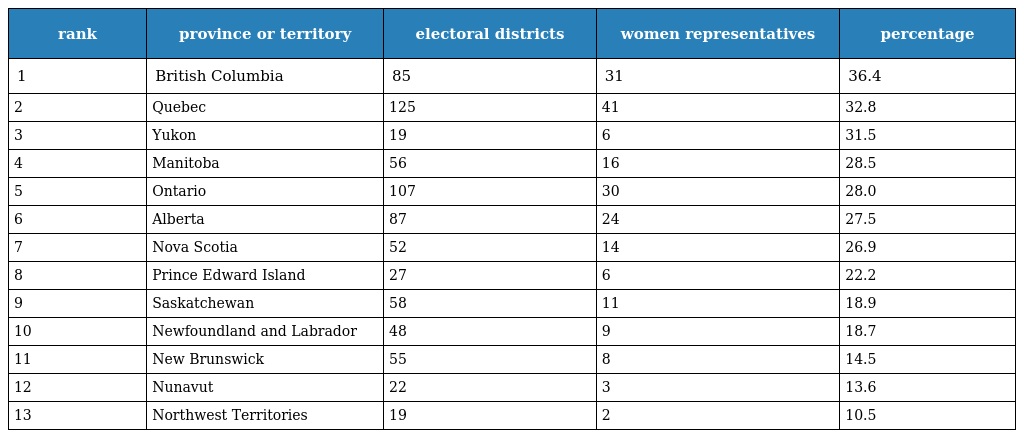
| rank | province or territory | electoral districts | women representatives | percentage |
 | --- | --- | --- | --- | --- |
 | 1 | British Columbia | 85 | 31 | 36.4 |
 | 2 | Quebec | 125 | 41 | 32.8 |
 | 3 | Yukon | 19 | 6 | 31.5 |
 | 4 | Manitoba | 56 | 16 | 28.5 |
 | 5 | Ontario | 107 | 30 | 28.0 |
 | 6 | Alberta | 87 | 24 | 27.5 |
 | 7 | Nova Scotia | 52 | 14 | 26.9 |
 | 8 | Prince Edward Island | 27 | 6 | 22.2 |
 | 9 | Saskatchewan | 58 | 11 | 18.9 |
 | 10 | Newfoundland and Labrador | 48 | 9 | 18.7 |
 | 11 | New Brunswick | 55 | 8 | 14.5 |
 | 12 | Nunavut | 22 | 3 | 13.6 |
 | 13 | Northwest Territories | 19 | 2 | 10.5 |